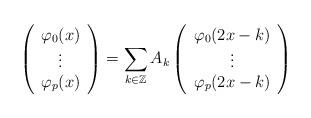
LaTeX: \begin{align*}\left ( \begin{array}{c} \varphi_{0}(x) \\ \vdots \\ \varphi_{p}(x) \end{array} \right ) = \sum_{k \in \mathbb{Z}} A_{k} \left ( \begin{array}{c} \varphi_{0}(2x - k) \\ \vdots \\ \varphi_{p}(2x - k) \end{array} \right ) \end{align*}